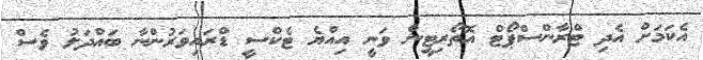
އެކަމަށް އެދި ޓްރާންސްޕޯޓް އޮތޯރިޓީން ވަނީ އިއްޔެ ޓެކްސީ ޑްރައިވަރުންނާ ބައްދަލު ވެސް